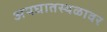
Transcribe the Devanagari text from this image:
अपघातस्थळावर